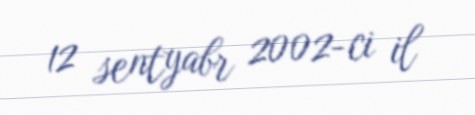
12 sentyabr 2002-ci il